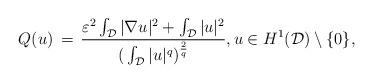
LaTeX: \begin{align*}Q(u) \, =\, {\varepsilon^2 \int_{\mathcal{D}} |\nabla u|^2 + \int_{\mathcal{D}} |u|^2\over (\, \int_{\mathcal{D}} |u|^{q} )^{2\over q} } ,u\in H^1({\mathcal{D}})\setminus \{0\} ,\end{align*}